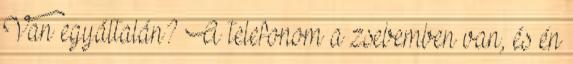
Van egyáltalán? A telefonom a zsebemben van, és én